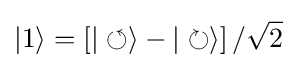
|1\rangle =\left[|\circlearrowleft \rangle -|\circlearrowright \rangle \right]/{\sqrt {2}}